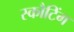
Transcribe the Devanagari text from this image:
स्कौटिंग